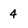
Character: 4